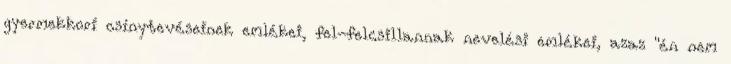
gyermekkori csínytevéseinek emlékei, fel-felcsillannak nevelési emlékei, azaz "én nem